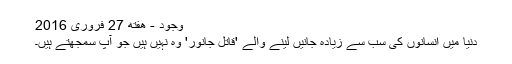
وجود - هفته 27 فروری 2016
دنیا میں انسانوں کی سب سے زیادہ جانیں لینے والے 'قاتل جانور' وہ نہیں ہیں جو آپ سمجھتے ہیں۔